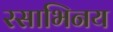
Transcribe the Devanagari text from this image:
रसाभिनय